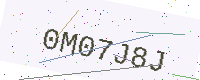
Text: 0M07J8J